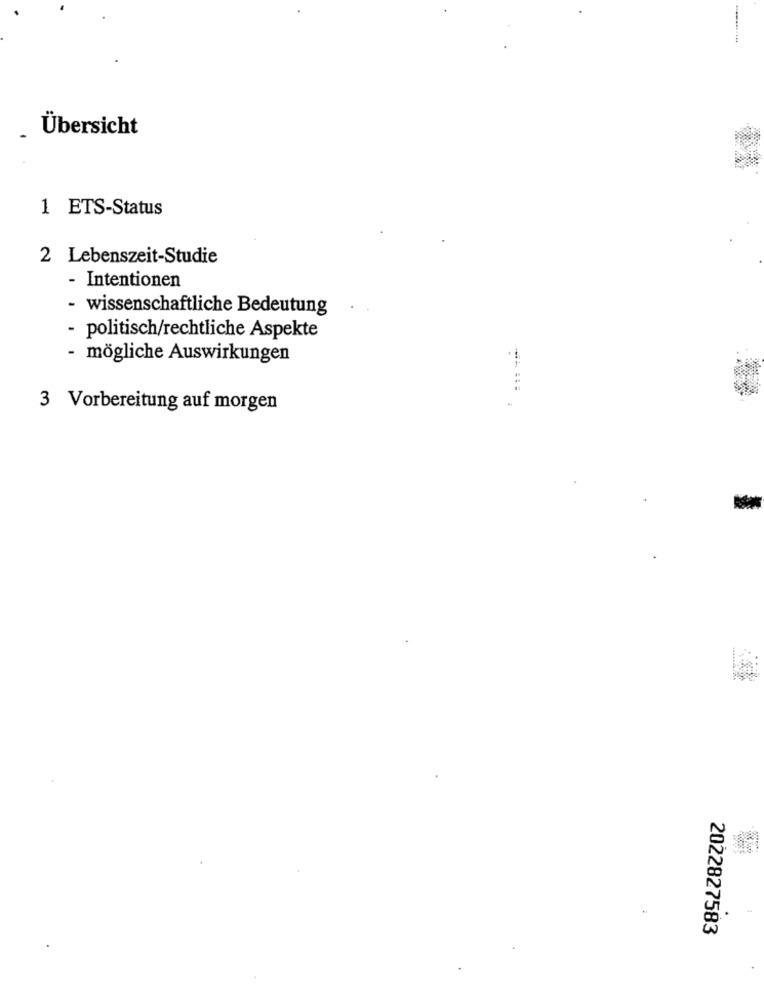
Übersicht
1 ETS-Status
2 Lebenszeit-Studie
- Intentionen
- wissenschaftliche Bedeutung
- politisch/rechtliche Aspekte
- mögliche Auswirkungen
-
3 Vorbereitung auf morgen
.
2022827583